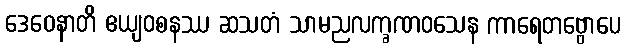
ဒေဝေနာတိ ဧယျဝစနဿ ဆသတံ သာမညလက္ခဏဝသေန ကာရေတဗ္ဗောပေ